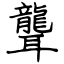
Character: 聾